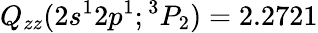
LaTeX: Q_{zz}(2s^{1}2p^{1};{^3P_{2}})=2.2721